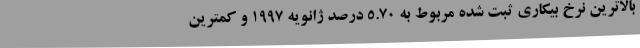
بالاترین نرخ بیکاری ثبت شده مربوط به 5.70 درصد ژانویه 1997 و کمترین